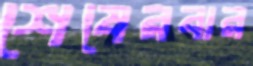
শেষেরবার